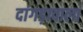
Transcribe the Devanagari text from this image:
दांगड़ावाला